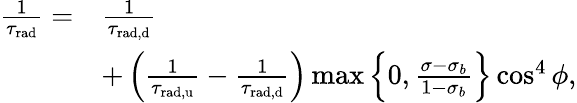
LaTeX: \begin{array}{rl}{\frac{1}{\tau_{\mathrm{rad}}}=}&{\frac{1}{\tau_{\mathrm{{rad},{d}}}}}\\ &{+\left(\frac{1}{\tau_{\mathrm{{rad},{u}}}}-\frac{1}{\tau_{\mathrm{{rad},{d}}}}\right)\operatorname*{max}\left\{ 0,\frac{\sigma-\sigma_{b}}{1-\sigma_{b}}\right\} \cos^{4}\phi,}\end{array}